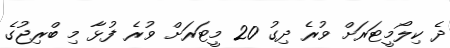
ދެ ކިލޯމީޓަރަށް ވުރެ ދިގު 20 މީޓަރަށް ވުރެ ފުޅާ މި ބްރިޖުގެ